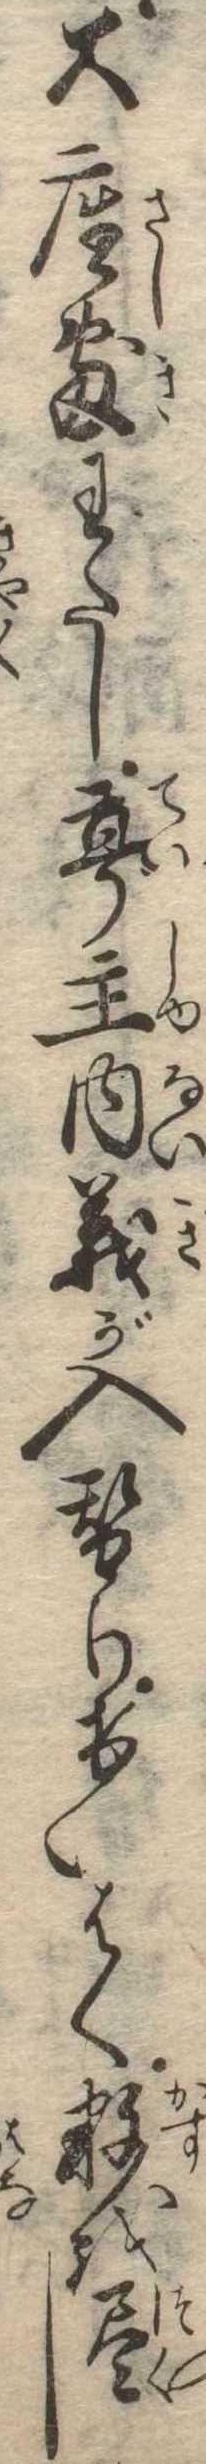
大座敷わたし亭主内義が入替りけいはく数を尽し